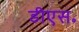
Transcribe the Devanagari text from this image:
डीएस॰